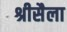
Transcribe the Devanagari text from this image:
श्रीसैला